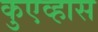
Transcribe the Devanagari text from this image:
कुएव्हास